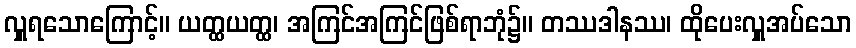
လှူရသောကြောင့်။ ယတ္ထယတ္ထ၊ အကြင်အကြင်ဖြစ်ရာဘုံ၌။ တဿဒါနဿ၊ ထိုပေးလှူအပ်သော